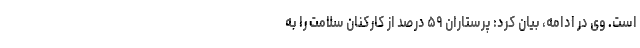
است. وی در ادامه، بیان کرد: پرستاران ۵۹ درصد از کارکنان سلامت را به